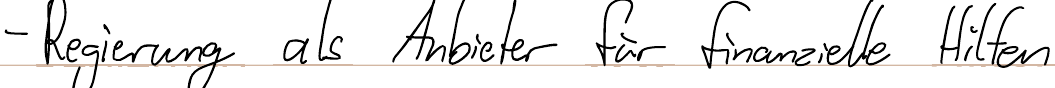
- Regierung als Anbieter für finanzielle Hilfen